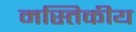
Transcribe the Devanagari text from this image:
मस्तिकीय